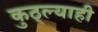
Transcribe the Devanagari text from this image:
कुठ्ल्याही